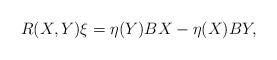
LaTeX: \begin{align*}R(X,Y)\xi =\eta (Y)BX-\eta (X)BY, \end{align*}